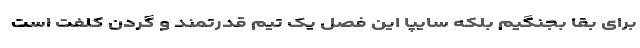
برای بقا بجنگیم بلکه سایپا این فصل یک تیم قدرتمند و گردن کلفت است